Report on vaccination in the Province of Bengal - 1874-1889
Year: 1874
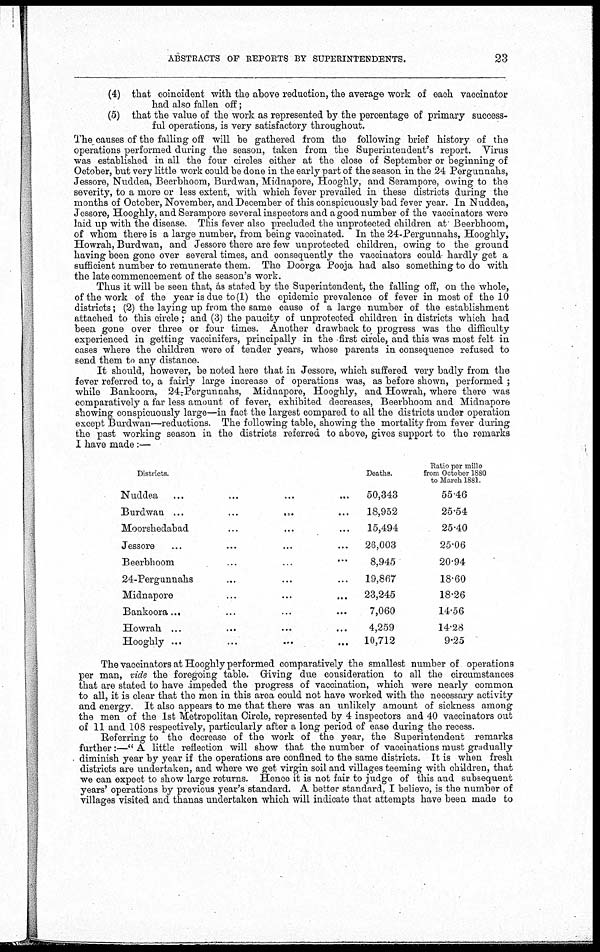
ABSTRACTS OF REPORTS BY SUPERINTENDENTS.
23
(4) that coincident with the above reduction, the average work of each vaccinator
had also fallen off;
(5) that the value of the work as represented by the percentage of primary success-
ful operations, is very satisfactory throughout.
The causes of the falling off will be gathered from the following brief history of the
operations performed during the season, taken from the Superintendent's report. Virus
was established in all the four circles either at the close of September or beginning of
October, but very little work could be done in the early part of the season in the 24 Pergunnahs,
Jessore, Nuddea, Beerbhoom, Burdwan, Midnapore, Hooghly, and Serampore, owing to the
severity, to a more or less extent, with which fever prevailed in these districts during the
months of October, November, and December of this conspicuously bad fever year. In Nuddea,
Jessore, Hooghly, and Serampore several inspectors and a good number of the vaccinators were
laid up with the disease. This fever also precluded the unprotected children at Beerbhoom,
of whom there is a large number, from being vaccinated. In the 24-Pergunnahs, Hooghly,
Howrah, Burdwan, and Jessore there are few unprotected children, owing to the ground
having been gone over several times, and consequently the vaccinators could hardly get a
sufficient number to remunerate them. The Doorga Pooja had also something to do with
the late commencement of the season's work.
Thus it will be seen that, as stated by the Superintendent, the falling off, on the whole,
of the work of the year is due to (1) the epidemic prevalence of fever in most of the 10
districts; (2) the laying up from the same cause of a large number of the establishment
attached to this circle; and (3) the paucity of unprotected children in districts which had
been gone over three or four times. Another drawback to progress was the difficulty
experienced in getting vaccinifers, principally in the first circle, and this was most felt in
cases where the children were of tender years, whose parents in consequence refused to
send them to any distance.
It should, however, be noted here that in Jessore, which suffered very badly from the
fever referred to, a fairly large increase of operations was, as before shown, performed ;
while Bankoora, 24-Pergunnahs, Midnapore, Hooghly, and Howrah, where there was
comparatively a far less amount of fever, exhibited decreases, Beerbhoom and Midnapore
showing conspicuously large—in fact the largest compared to all the districts under operation
except Burdwan—reductions. The following table, showing the mortality from fever during
the past working season in the districts referred to above, gives support to the remarks
I have made:—
Districts.
Nuddea... ... ... ... ...
Burdwan...
...
...
...
...
Moorshedabad... ... ... ... ...
Jessore... ... ... ... ...
Beerbhoom... ... ... ... ...
24-Pergunnahs... ... ... ... ...
Midnapore... ... ... ... ...
Bankoora... ... ... ... ...
Howrah... ... ... ... ...
Hooghly... ... ... ... ...
Deaths.
50,343
18,952
15,494
26,003
8,945
19,867
23,245
7,060
4,259
10,712
Ratio per mille
from October 1880
to March 1881.
55.46
25.54
25.40
25.06
20.94
18.60
18.26
14.56
14.28
9.25
The vaccinators at Hooghly performed comparatively the smallest number of operations
per man, vide the foregoing table. Giving due consideration to all the circumstances
that are stated to have impeded the progress of vaccination, which were nearly common
to all, it is clear that the men in this area could not have worked with the necessary activity
and energy. It also appears to me that there was an unlikely amount of sickness among
the men of the 1st Metropolitan Circle, represented by 4 inspectors and 40 vaccinators out
of 11 and 108 respectively, particularly after a long period of ease during the recess.
Referring to the decrease of the work of the year, the Superintendent remarks
further:—" A little reflection will show that the number of vaccinations must gradually
diminish year by year if the operations are confined to the same districts. It is when fresh
districts are undertaken, and where we get virgin soil and villages teeming with children, that
we can expect to show large returns. Hence it is not fair to judge of this and subsequent
years' operations by previous year's standard. A better standard, I believe, is the number of
villages visited and thanas undertaken which will indicate that attempts have been made to